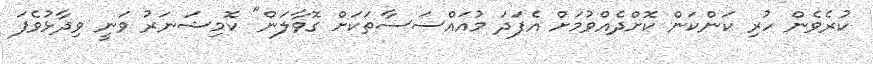
ކުރެވެން ހުރި ކަންކަން ކޮށްދެއްވުމަށް އެފަދަ މުއައްސަސާތަކަށް ގޮވާލަން" ކޮމިޝަނަރު ވަނީ ވިދާޅުވެފަ